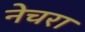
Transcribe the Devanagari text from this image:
नेचरा